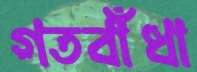
গতবাঁধা